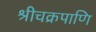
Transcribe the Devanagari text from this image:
श्रीचक्रपाणि